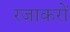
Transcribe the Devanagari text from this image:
रजाकरों